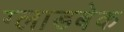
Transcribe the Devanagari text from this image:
ग्लाडबेक